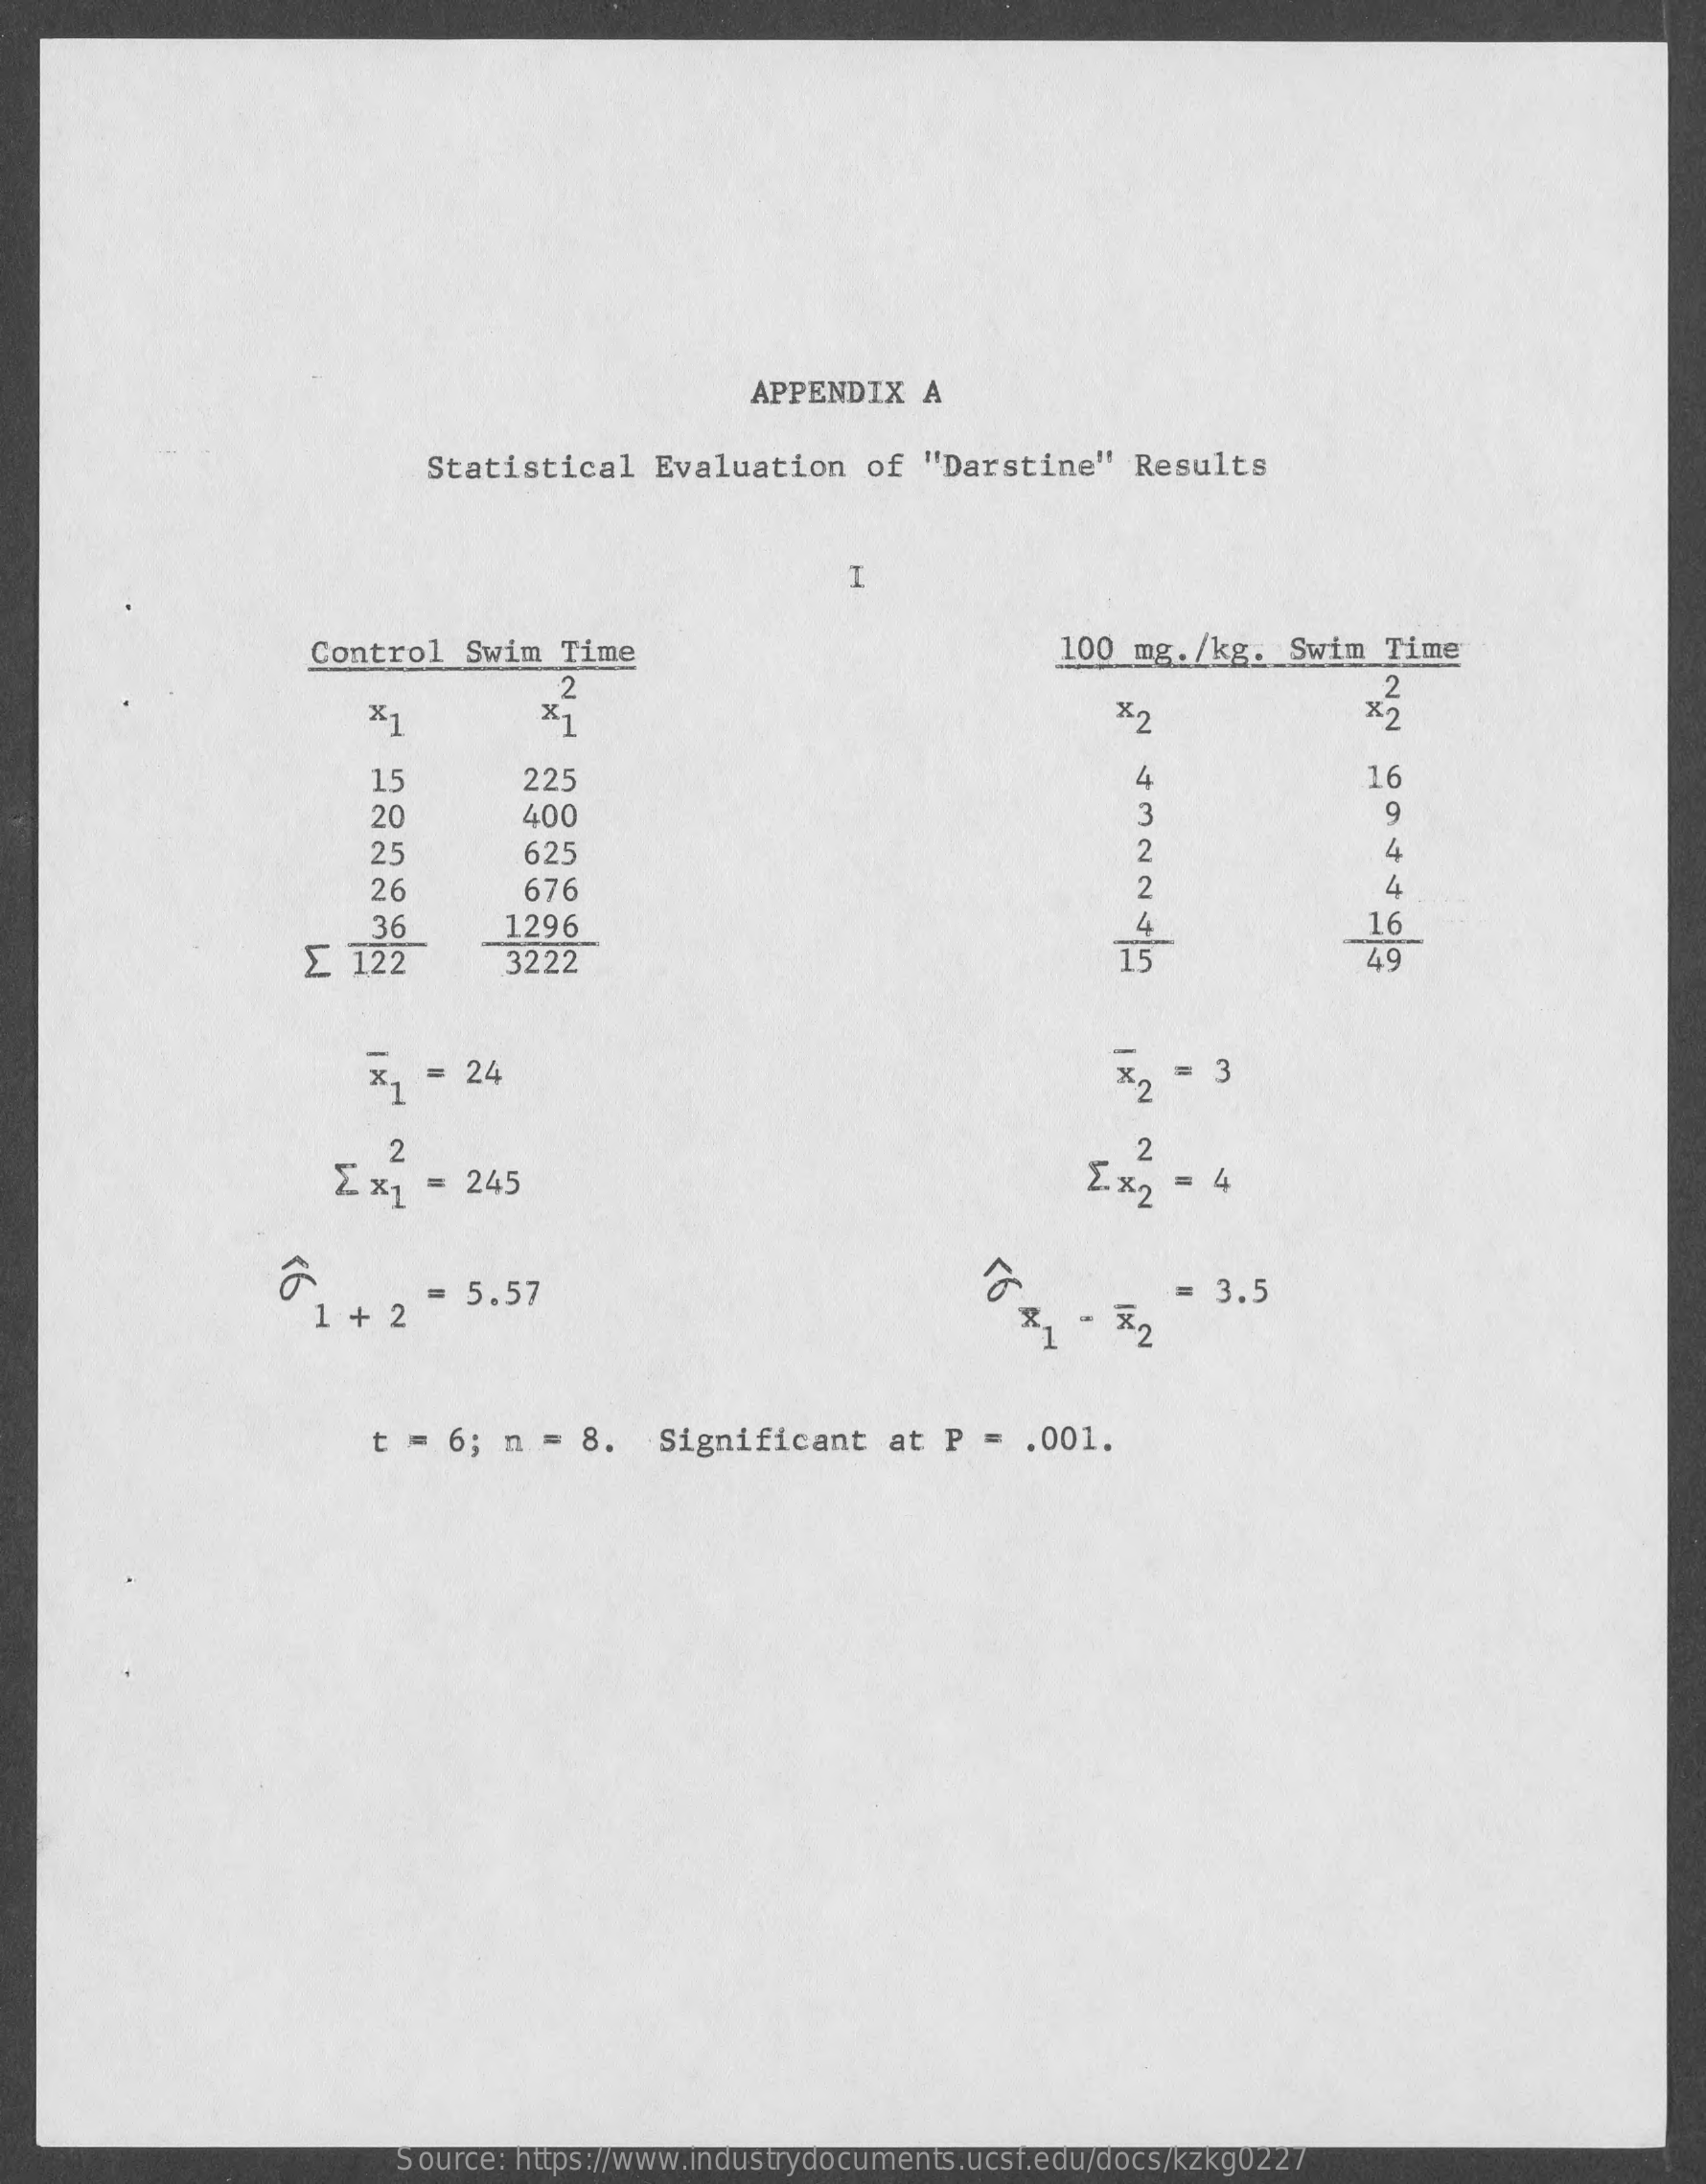
APPENDIX   A
     Statistical   Evaluation    of  "Darstine"    Results
     H
     Control   Swim   Time    100  mg. /kg.  Swim  Time
     *1
     2
     81    *2
     2
     x 2
     15    225    4    16
     20    400    3    9
     25    625    2    4
     26    676
     36    4
     ∑  122
     1296
     15
     16
     3222    49
     = 24    $2  =  3
     Ex1   = 245
     2    2
     E. x2 = 4
     <6
     1  + 2
     5.57
     AY
     =  3.5
     t = 6;  n =  8.   Significant    at P  =  . 001.
     Source: https://www.industrydocuments.ucsf.edu/docs/kzkg0227